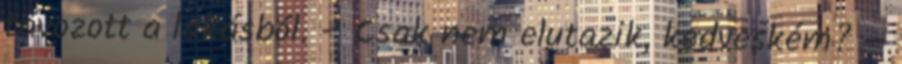
távozott a lakásból. – Csak nem elutazik, kedveském? –